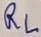
Text: RL